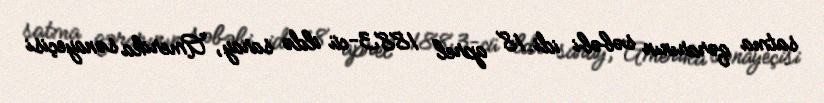
satma qərarının səbəbi idi. 18 aprel 1883-cü ildə saray, Amerika sənayeçisi